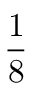
\frac { 1 } { 8 }